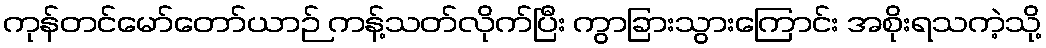
ကုန်တင်မော်တော်ယာဉ် ကန့်သတ်လိုက်ပြီး ကွာခြားသွားကြောင်း အစိုးရသကဲ့သို့